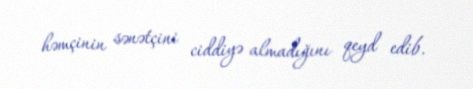
həmçinin sənətçini ciddiyə almadığını qeyd edib.